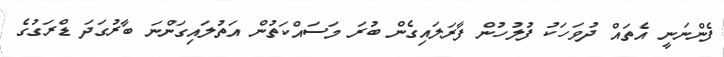
ފެންނަނީ އެތައް ދުވަހަކު ފުލުހުން ފާރަލައިގެން ބުރަ މަސައްކަތުން އަތުލައިގަންނަ ބާރުގަދަ ޑްރަގުގެ